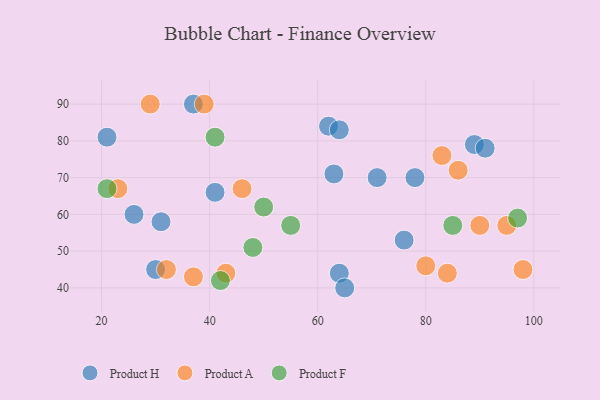
{"axis": {"x": "GDP", "y": "Life Expectancy"}, "legend": ["Product A", "Product F", "Product H"], "data": [{"x": "63", "y": 71, "type": "Product H"}, {"x": "64", "y": 44, "type": "Product H"}, {"x": "26", "y": 60, "type": "Product H"}, {"x": "21", "y": 81, "type": "Product H"}, {"x": "78", "y": 70, "type": "Product H"}, {"x": "31", "y": 58, "type": "Product H"}, {"x": "65", "y": 40, "type": "Product H"}, {"x": "71", "y": 70, "type": "Product H"}, {"x": "30", "y": 45, "type": "Product H"}, {"x": "89", "y": 79, "type": "Product H"}, {"x": "76", "y": 53, "type": "Product H"}, {"x": "41", "y": 66, "type": "Product H"}, {"x": "91", "y": 78, "type": "Product H"}, {"x": "62", "y": 84, "type": "Product H"}, {"x": "37", "y": 90, "type": "Product H"}, {"x": "64", "y": 83, "type": "Product H"}, {"x": "90", "y": 57, "type": "Product A"}, {"x": "46", "y": 67, "type": "Product A"}, {"x": "84", "y": 44, "type": "Product A"}, {"x": "43", "y": 44, "type": "Product A"}, {"x": "23", "y": 67, "type": "Product A"}, {"x": "83", "y": 76, "type": "Product A"}, {"x": "98", "y": 45, "type": "Product A"}, {"x": "37", "y": 43, "type": "Product A"}, {"x": "95", "y": 57, "type": "Product A"}, {"x": "29", "y": 90, "type": "Product A"}, {"x": "32", "y": 45, "type": "Product A"}, {"x": "39", "y": 90, "type": "Product A"}, {"x": "86", "y": 72, "type": "Product A"}, {"x": "80", "y": 46, "type": "Product A"}, {"x": "55", "y": 57, "type": "Product F"}, {"x": "48", "y": 51, "type": "Product F"}, {"x": "42", "y": 42, "type": "Product F"}, {"x": "85", "y": 57, "type": "Product F"}, {"x": "41", "y": 81, "type": "Product F"}, {"x": "97", "y": 59, "type": "Product F"}, {"x": "21", "y": 67, "type": "Product F"}, {"x": "50", "y": 62, "type": "Product F"}]}